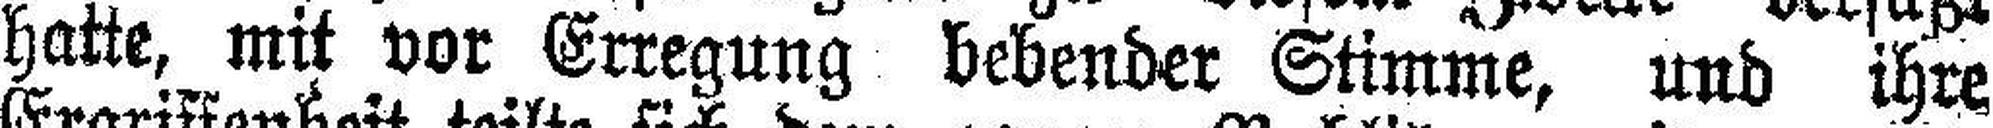
hatte, mit vor Erregung bebender Stimme, und ihre